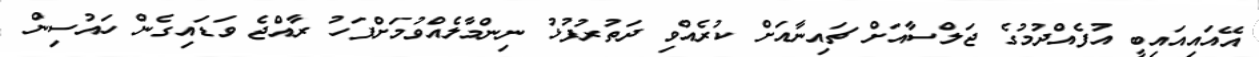
އޭއައިއައިބީ އުފެއްދުމުގެ ޖަލްސާއަށް ޗައިނާއަށް ކުރެއްވި ދަތުރުފުޅު ނިންމާލެއްވުމަށްފަހު ރާއްޖެ ވަޑައިގެން ހައުސިން